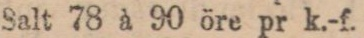
Salt 78 à 90 öre pr k.-f.